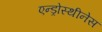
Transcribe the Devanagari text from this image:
एन्ड्रोस्थीनेस